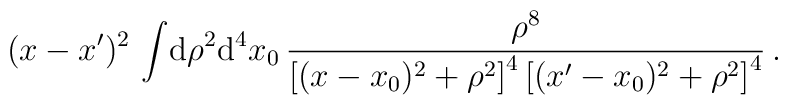
(x-x^\prime)^2\,\int\! {\rm d}\rho^2{\rm d}^4 x_0 \, \frac{\rho^8}{\left[(x-x_0)^2+\rho^2\right]^4\left[(x^\prime-x_0)^2+\rho^2\right]^4}\,.